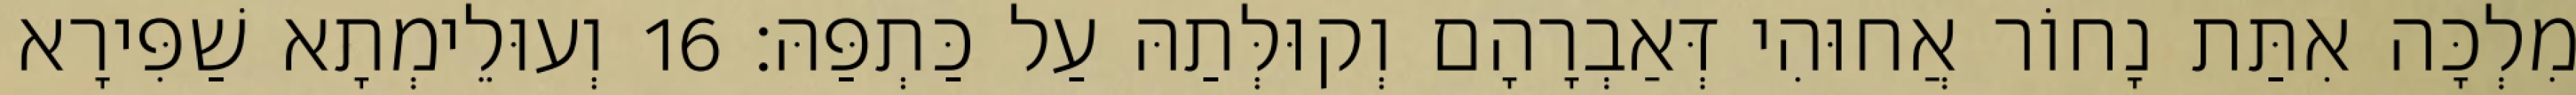
מִלְכָּה אִתַּת נָחוֹר אֲחוּהִי דְּאַבְרָהָם וְקוּלְּתַהּ עַל כַּתְפַּהּ׃ 16 וְעוּלֵימְתָא שַׁפִּירָא